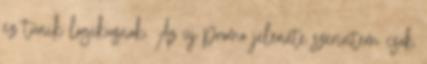
ez tűnik logikusnak. Az új promo jelenete szerintem csak